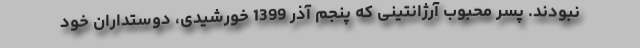
نبودند. پسر محبوب آرژانتینی که پنجم آذر 1399 خورشیدی، دوستداران خود